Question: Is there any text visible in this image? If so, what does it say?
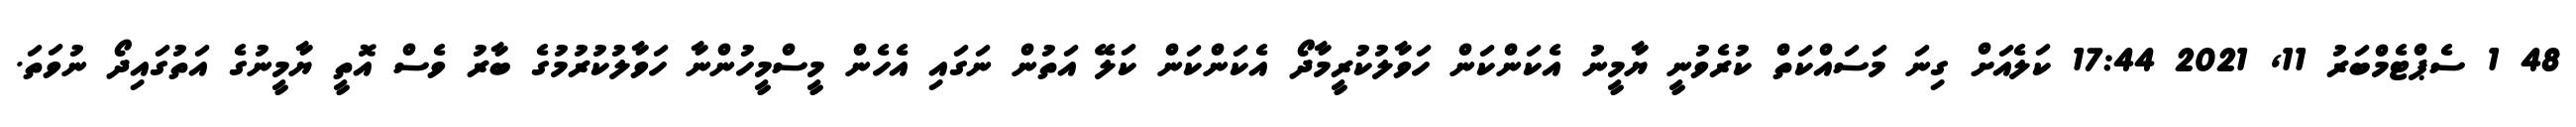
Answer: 48 1 ސެޕްޓެމްބަރު 11, 2021 17:44 ކަލެއަށް ގިނަ މަސައްކަތް ކުރެވުނީ ޔާމީނު އެކަންކަން ހަވާލުކުރީމާދޯ އެކަންކަން ކަލޭ އަތުން ނަގައި އެހެން މީސްމީހުންނާ ހަވާލުކުރުމުގެ ބާރު ވެސް އޮތީ ޔާމީނުގެ އަތުގައިދޯ ނުވަތަ.